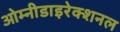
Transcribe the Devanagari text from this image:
ओम्नीडाइरेक्शनल